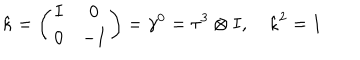
LaTeX: \hat { \kappa } = \left( \begin{array} { c c } { { I } } & { { 0 } } \\ { { 0 } } & { { - I } } \\ \end{array} \right) = \gamma ^ { 0 } = \tau ^ { 3 } \otimes I , \quad \hat { \kappa } ^ { 2 } = 1